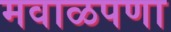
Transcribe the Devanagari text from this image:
मवाळपणा